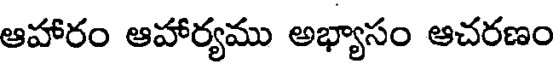
ఆహారం ఆహార్యము అభ్యాసం ఆచరణం